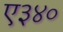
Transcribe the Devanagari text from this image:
ए३४०